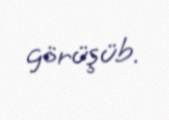
görüşüb.